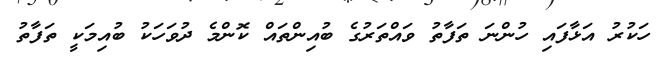
ހަކުރު އަޅާފައި ހުންނަ ތަފާތު ވައްތަރުގެ ބުއިންތައް ކޮންމެ ދުވަހަކު ބުއިމަކީ ތަފާތު